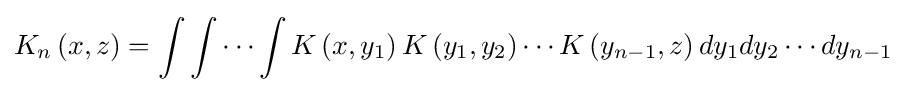
K_{n}\left(x,z\right)=\int \int \cdots \int K\left(x,y_{1}\right)K\left(y_{1},y_{2}\right)\cdots K\left(y_{n-1},z\right)dy_{1}dy_{2}\cdots dy_{n-1}